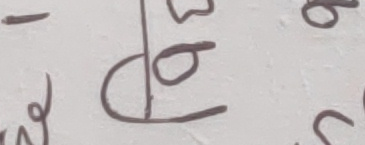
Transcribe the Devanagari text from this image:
I cannot confidently read the text in the image due to the ambiguity of the central character, which appears to have a combination of vowel matras (`ो` and `ु`) that is not standard in Devanagari script for a single consonant. While the base shape resembles the number '१०' (ten), the attached matras make its interpretation as a number also problematic without assuming they are extraneous marks.

Therefore, following the instruction "If you cannot read the text, return an empty string," I will return an empty string.